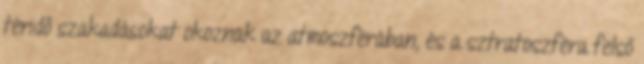
téridő szakadásokat okoznak az atmoszférában, és a sztratoszféra felső